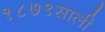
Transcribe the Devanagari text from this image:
१८७९साली